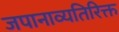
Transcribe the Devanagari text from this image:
जपानाव्यतिरिक्त